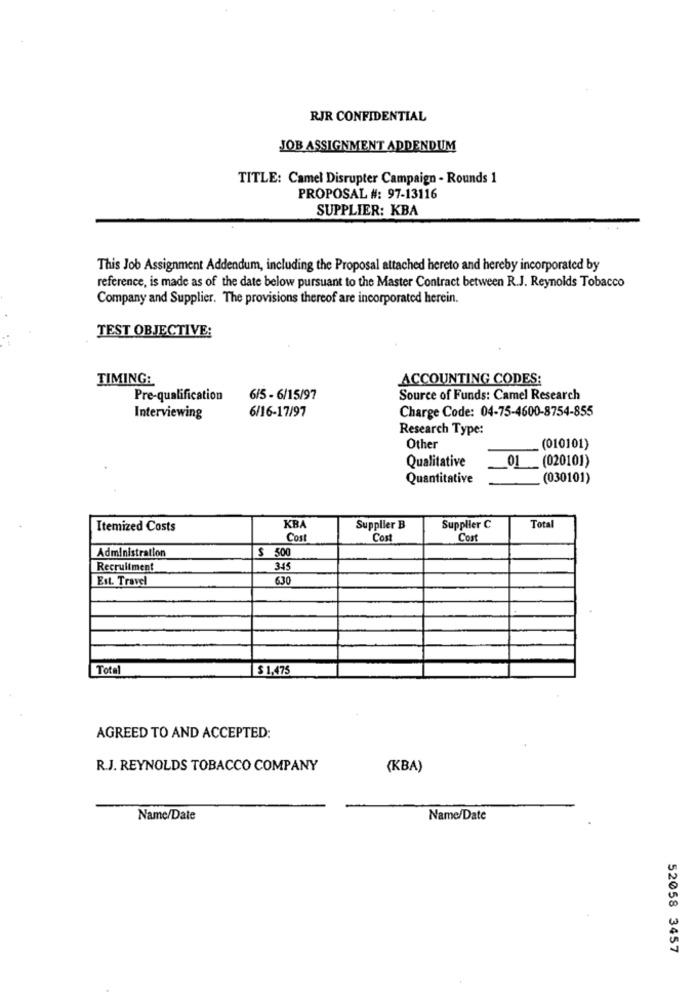
RJR CONFIDENTIAL
JOB ASSIGNMENT ADDENDUM
TITLE: Camel Disrupter Campaign - Rounds 1
PROPOSAL #: 97-13116
SUPPLIER: KBA
This Job Assignment Addendum, including the Proposal attached hereto and hereby incorporated by
reference, is made as of the date below pursuant to the Master Contract between R.J. Reynolds Tobacco
Company and Supplier. The provisions thereof are incorporated herein.
TEST OBJECTIVE:
TIMING:
ACCOUNTING CODES:
Pre-qualification
6/5 - 6/15/97
Source of Funds: Camel Research
6/16-17/97
Charge Code: 04-75-4600-8754-855
Interviewing
Research Type:
Other
(010101)
Qualitative
01 (020101)
Quantitative
(030101)
Supplier C
Itemized Costs
KBA
Supplier B
Total
Cost
Cost
Cost
Administration
$ 500
Recruitment
345
Est. Travel
630
Total
$ 1,475
AGREED TO AND ACCEPTED:
R.J. REYNOLDS TOBACCO COMPANY
(KBA)
Name/Date
Name/Date
52058 3457